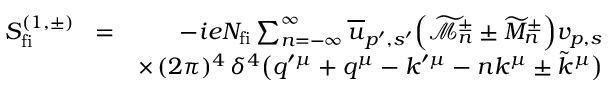
\begin{array} { r l r } { S _ { \mathrm { f i } } ^ { ( 1 , \pm ) } \! } & { = } & { \! - i e N _ { \mathrm { f i } } \sum _ { n = - \infty } ^ { \infty } \overline { { u } } _ { p ^ { \prime } , s ^ { \prime } } \Big ( \widetilde { \mathcal { M } } _ { n } ^ { \pm } \pm \widetilde { M } _ { n } ^ { \pm } \Big ) v _ { p , s } } \\ & { } & { \times \, ( 2 \pi ) ^ { 4 } \, \delta ^ { 4 } \big ( q ^ { \prime \mu } + q ^ { \mu } - k ^ { \prime \mu } - n k ^ { \mu } \pm \tilde { k } ^ { \mu } \big ) } \end{array}